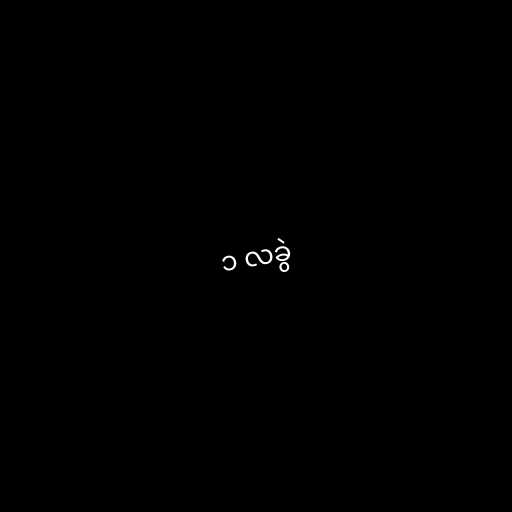
၁ လခွဲ